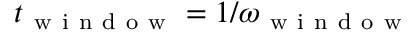
t _ { \mathrm { ~ w ~ i ~ n ~ d ~ o ~ w ~ } } = 1 / \omega _ { \mathrm { ~ w ~ i ~ n ~ d ~ o ~ w ~ } }